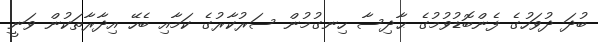
ބުދަ ދުވަހުގެ ފެންބޮޑުވުމުގެ ޙާދިސާ ހިނގުމުން ސަރުކާރުގެ ކަމާއި ބެހޭ އިދާރާތަކުން ވަނީ